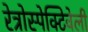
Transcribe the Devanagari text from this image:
रेत्रोस्पेक्टिवेली